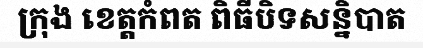
ក្រុង ខេត្តកំពត ពិធីបិទសន្និបាត